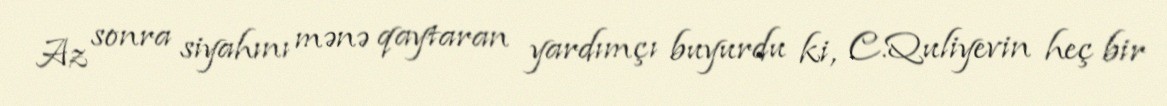
Az sonra siyahını mənə qaytaran yardımçı buyurdu ki, C.Quliyevin heç bir